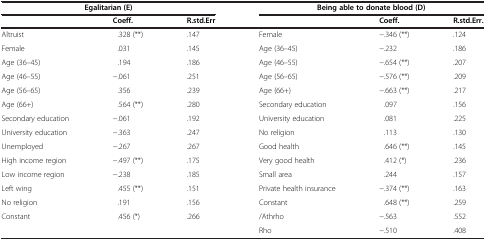
<table><thead><tr><td colspan="3"><b>Egalitarian (E)</b></td><td colspan="3"><b>Being able to donate blood (D)</b></td></tr><tr><td><b> </b></td><td><b>Coeff.</b></td><td><b>R.std.Err</b></td><td><b> </b></td><td><b>Coeff.</b></td><td><b>R.std.Err.</b></td></tr></thead><tbody><tr><td>Altruist</td><td>.328 (**)</td><td>.147</td><td>Female</td><td>−.346 (**)</td><td>.124</td></tr><tr><td>Female</td><td>.031</td><td>.145</td><td>Age (36–45)</td><td>−.232</td><td>.186</td></tr><tr><td>Age (36–45)</td><td>.194</td><td>.186</td><td>Age (46–55)</td><td>−.654 (**)</td><td>.207</td></tr><tr><td>Age (46–55)</td><td>−.061</td><td>.251</td><td>Age (56–65)</td><td>−.576 (**)</td><td>.209</td></tr><tr><td>Age (56–65)</td><td>.356</td><td>.239</td><td>Age (66+)</td><td>−.663 (**)</td><td>.217</td></tr><tr><td>Age (66+)</td><td>.564 (**)</td><td>.280</td><td>Secondary education</td><td>.097</td><td>.156</td></tr><tr><td>Secondary education</td><td>−.061</td><td>.192</td><td>University education</td><td>.081</td><td>.225</td></tr><tr><td>University education</td><td>−.363</td><td>.247</td><td>No religion</td><td>.113</td><td>.130</td></tr><tr><td>Unemployed</td><td>−.267</td><td>.267</td><td>Good health</td><td>.646 (**)</td><td>.145</td></tr><tr><td>High income region</td><td>−.497 (**)</td><td>.175</td><td>Very good health</td><td>.412 (*)</td><td>.236</td></tr><tr><td>Low income region</td><td>−.238</td><td>.185</td><td>Small area</td><td>.244</td><td>.157</td></tr><tr><td>Left wing</td><td>.455 (**)</td><td>.151</td><td>Private health insurance</td><td>−.374 (**)</td><td>.163</td></tr><tr><td>No religion</td><td>.191</td><td>.156</td><td>Constant</td><td>.648 (**)</td><td>.259</td></tr><tr><td>Constant</td><td>.456 (*)</td><td>.266</td><td>/Athrho</td><td>−.563</td><td>.552</td></tr><tr><td> </td><td> </td><td> </td><td>Rho</td><td>−.510</td><td>.408</td></tr></tbody></table>